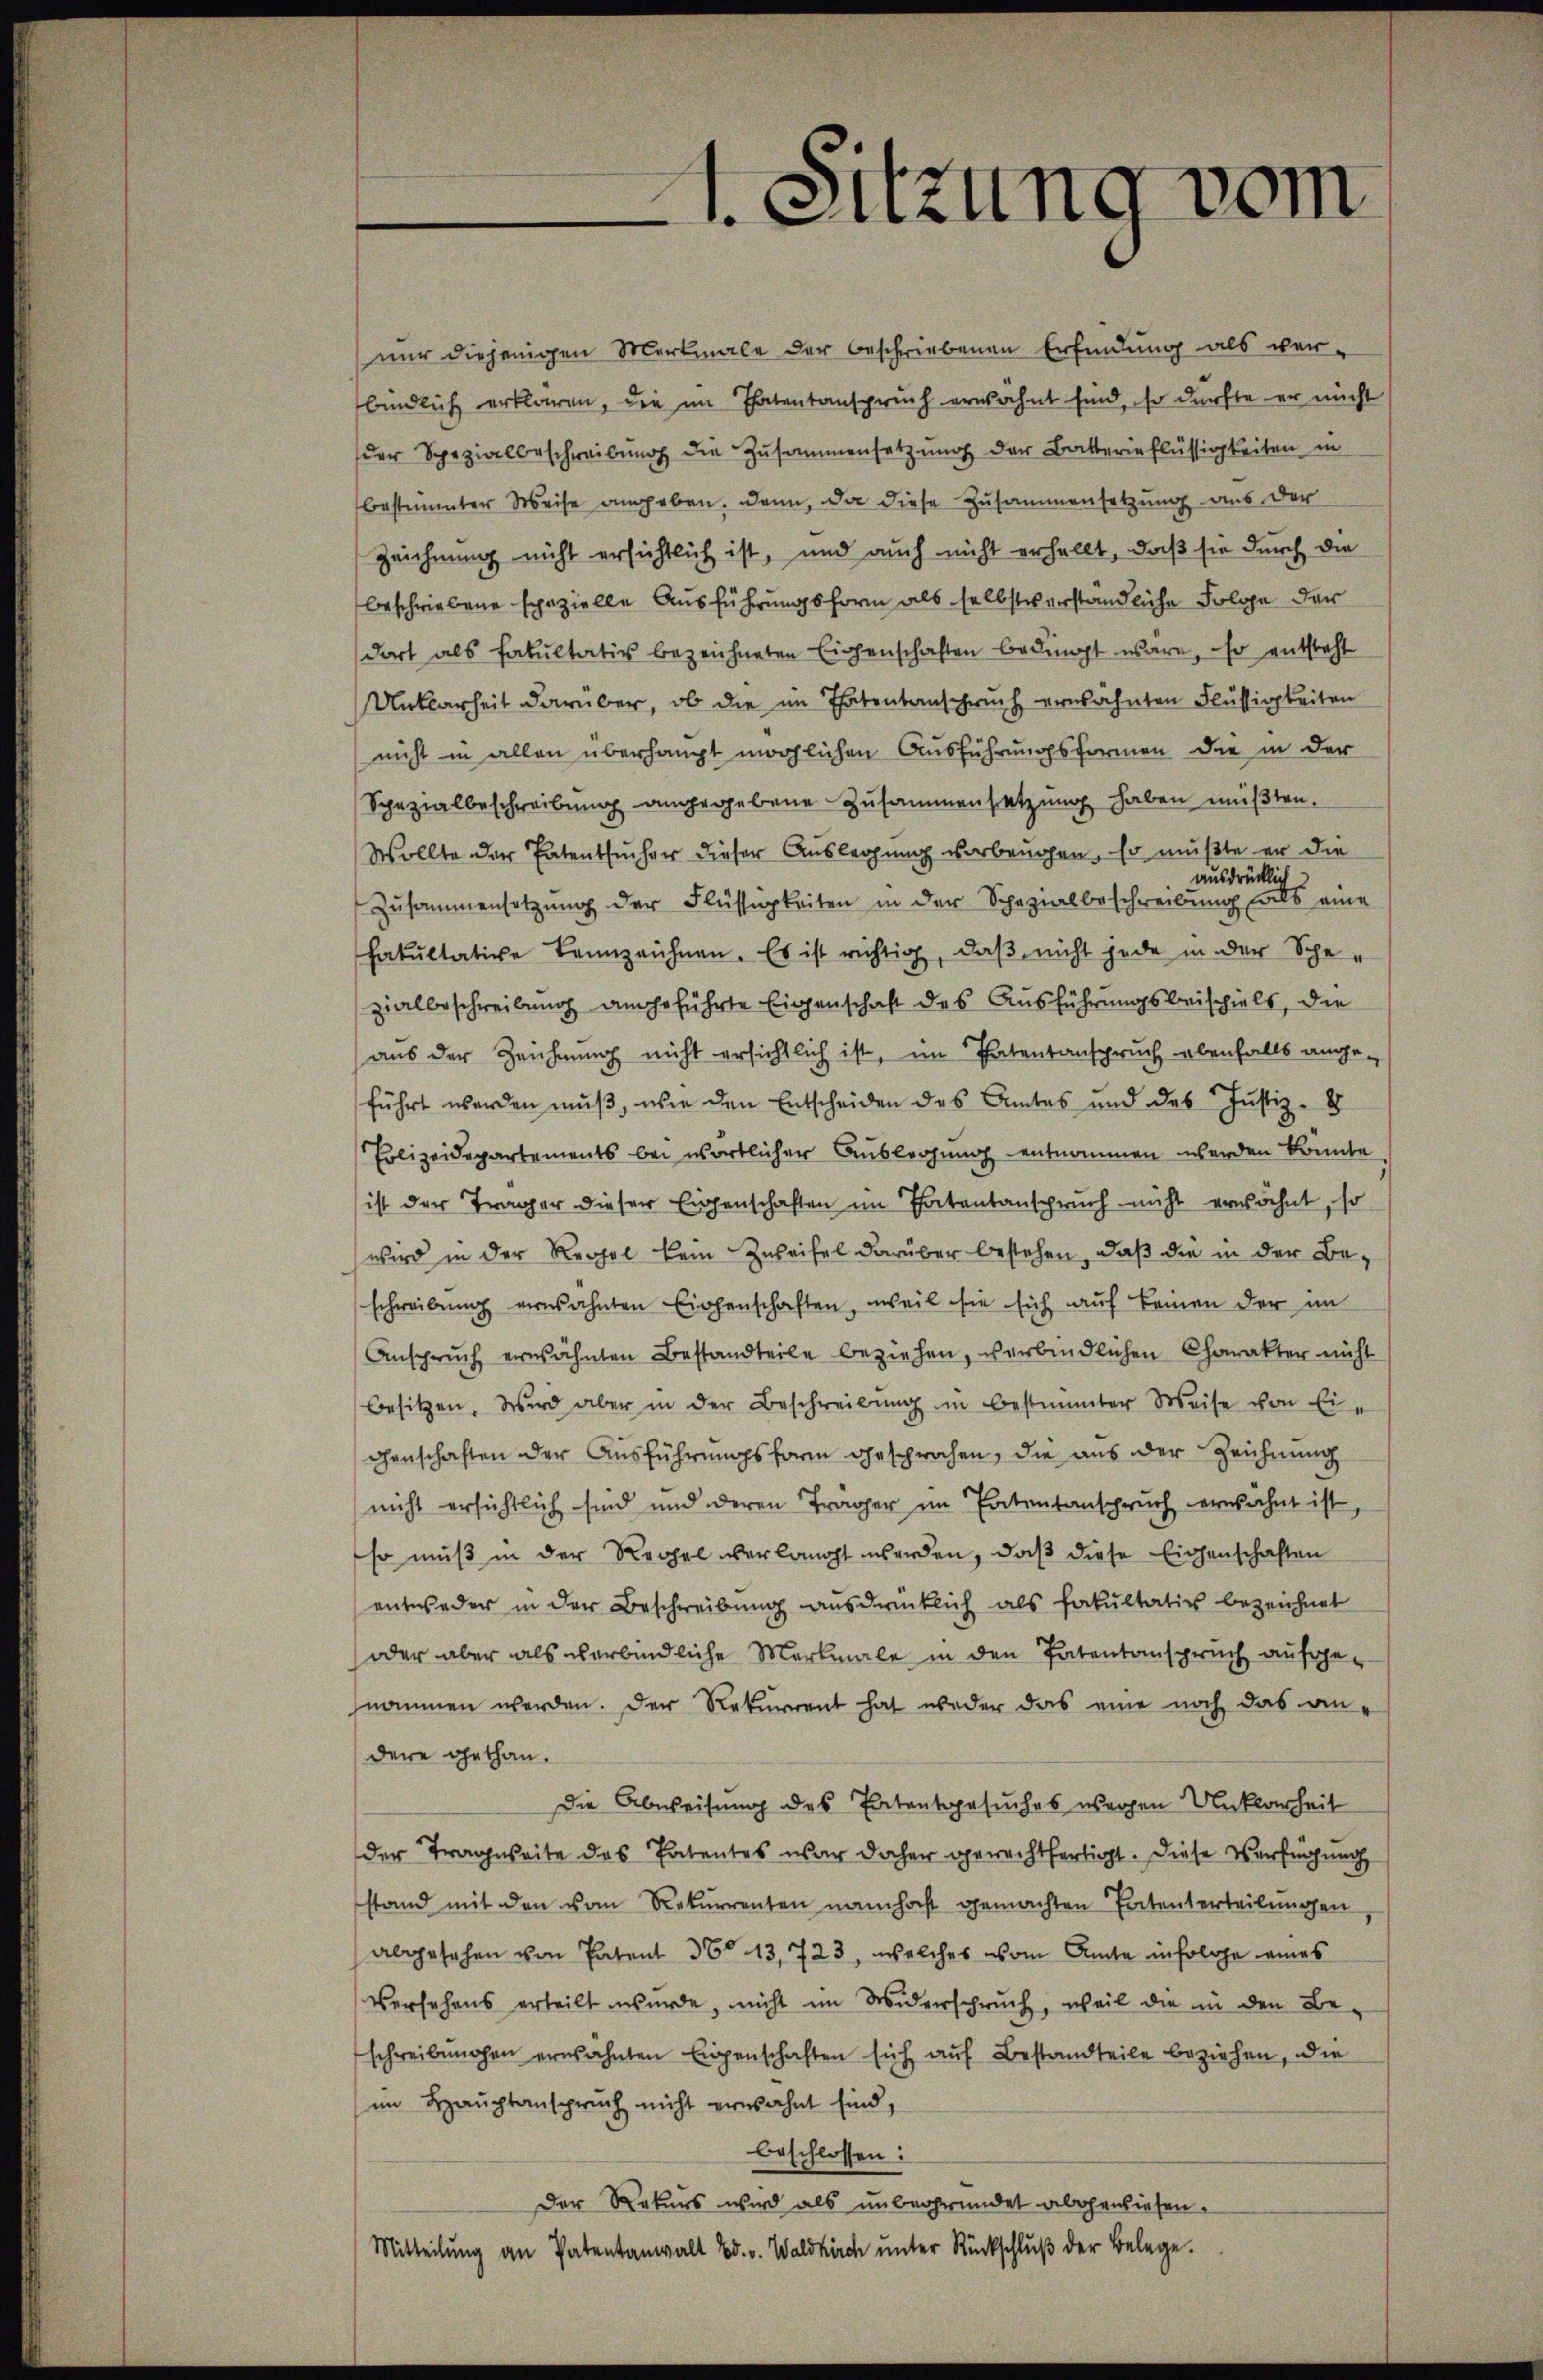
1. Sitzung vom

nur diejenigen Merkmale der beschriebenen Erfindung als ver-
bindlich erklären, die im Thatentanspruch erwähnt sind, so dürfte er nicht
der Spezialbeschreibung die Zusammensetzung der Batterinflüssigkeiten in
bestimmter Weise angeben. Dann, da diese Zusammensetzung aus der
Zeichnung nicht ersichtlich ist, und auch nicht erhellt, daß sie durch die
beschriebene spezielle Ausführungsform als selbstverständliche Folge der
dort als Fakultativ bezeichneten Eigenschaften bedingt wäre, so entsteht
Unklarheit darüber, ob die im Thatentanspruch erwähnten Flüssigkeiten
nicht in allen überhaupt möglichen Ausführungsformen die in der
Spezialbeschreibung angegebene Zusammensetzung haben müßten.
Wollte der Patentsucher dieser Auslegung vorbeugen, so mußte er die
ausdrücklich
Zusammensetzung der Flüssigkeiten in der Schazialbeschreibung als eine
Fakultative Bennzeichnen. Es ist richtig, daß nicht jede in der Schezialbeschreibung angeführte Eigenschaft des Ausführungsbeischielt, die
aus der Zeichnung nicht ersichtlich ist, im Patentanspruch ebenfalls ange-
führt werden mŭβ, wie den Entscheiden des Amtes und des Justiz- &
Erlizeidepartements bei wörtlichen Auslegung entnommen werden könnte
ist der Trager dieser Eigenschaften im Patentanspruch nicht erwähnt, so
wird in der Regel kein Zweifel darüber bestehen, daß die in der Beschreibŭng verwähnten Eichenschaften, weil sie sich auf keinen der im
Anspruch erwähnten Bestandteile beziehen, verbindlichen Charakter nicht
besitzen. Wird aber in der Beschreibŭng in bestimmter Weise von Eigenschaften der Ausführungsform gesprochen, die aus der Zeichnung
nicht ersichtlich sind und deren Träger im Patentanspruch erwähnt ist,
so muß in der Regel verlangt werden, daß diese Eigenschaften
entweder in der Beschreibung ausdrücklich als Fakultativ bezeichnet
oder aber als verbindliche Merkmale in den Patentanspruch aufgenommen werden. Der Rekurrent hat weder das eine noch das andere gethan.
Die Abweisung des Patentgesuches waren Unklarheit
der Tragweite des Patentes war daher gerechtfertigt. Diese Verfügung
stand mit den vom Rekurrenten namhaft gemachten Patenterteilungen
abgesehen von Patent 360 13, 723, welches vom Amte in folge eines
Versehens erteilt wurde, nicht im Widerspruch, weil die in den Be-
schreibungen erwähnten Eigenschaften sich auf Bestandteile beziehen, die
im Hauptanspruch nicht erwähnt sind,
beschlossen:
Der Rekurs wird als unbegründet abgewiesen.
Mitteilŭng an Patentanwalt Ed. v. Waldkirch ŭnter Rückschlŭβ der Belege.